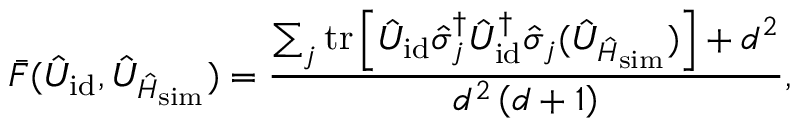
\bar { F } ( \hat { U } _ { \mathrm { i d } } , \hat { U } _ { \hat { H } _ { \mathrm { s i m } } } ) = \frac { \sum _ { j } \mathrm { t r } \left[ \hat { U } _ { \mathrm { i d } } \hat { \sigma } _ { j } ^ { \dagger } \hat { U } _ { \mathrm { i d } } ^ { \dagger } \boldsymbol { \hat { \sigma } } _ { j } ( \hat { U } _ { \hat { H } _ { \mathrm { s i m } } } ) \right] + d ^ { 2 } } { d ^ { 2 } \left( d + 1 \right) } ,